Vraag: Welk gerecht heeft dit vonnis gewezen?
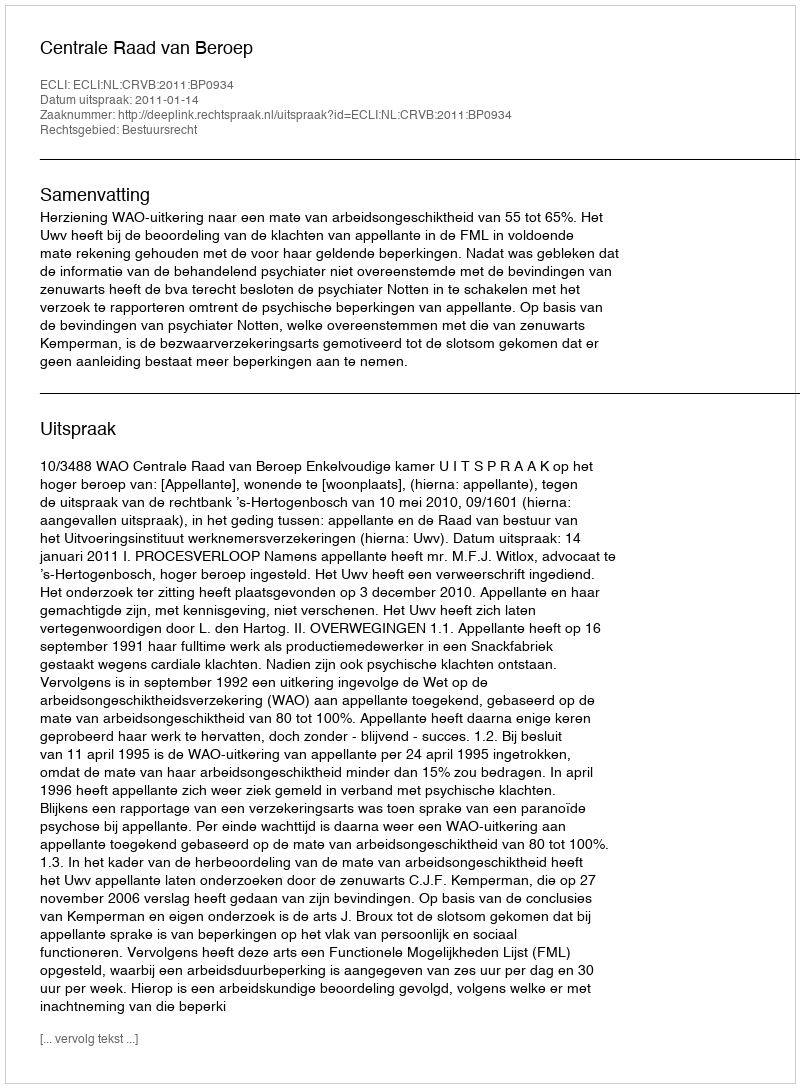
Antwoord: Centrale Raad van Beroep